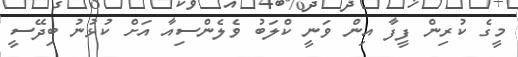
މީގެ ކުރިން ފީފާ އިން ވަނީ ކްލަބު ވެލެންސިއާ އަށް ކުޅުނު ބިދޭސީ